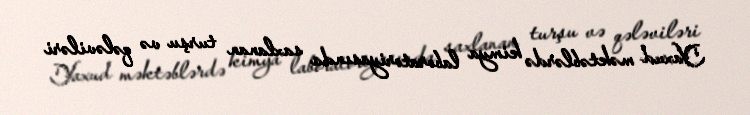
Yaxud məktəblərdə kimya laboratoriyasında saxlanan turşu və qələviləri